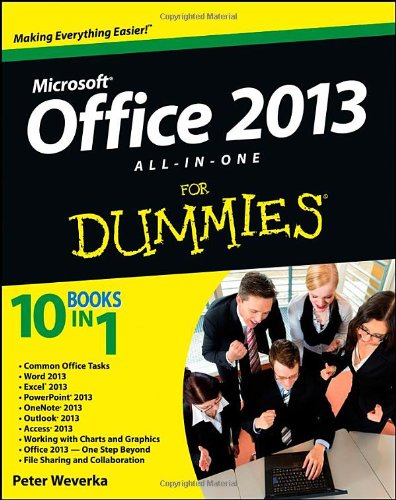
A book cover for Office 2013 All-In-One For Dummies; Peter Weverka; Computers & Technology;